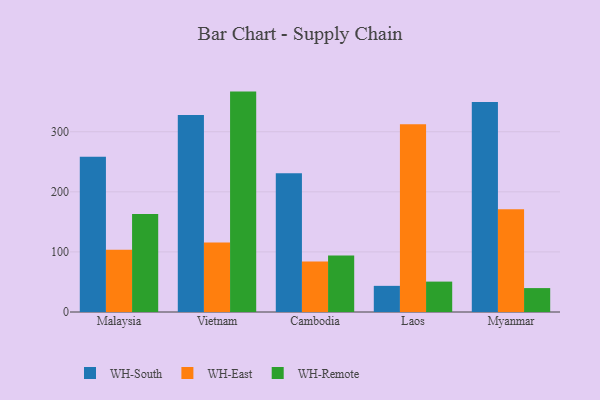
{"axis": {"x": "Country", "y": "Latency (ms)"}, "legend": ["WH-East", "WH-Remote", "WH-South"], "data": [{"x": "Malaysia", "y": 258.4, "type": "WH-South"}, {"x": "Malaysia", "y": 103.8, "type": "WH-East"}, {"x": "Malaysia", "y": 163.1, "type": "WH-Remote"}, {"x": "Vietnam", "y": 327.8, "type": "WH-South"}, {"x": "Vietnam", "y": 115.7, "type": "WH-East"}, {"x": "Vietnam", "y": 366.8, "type": "WH-Remote"}, {"x": "Cambodia", "y": 230.9, "type": "WH-South"}, {"x": "Cambodia", "y": 84.2, "type": "WH-East"}, {"x": "Cambodia", "y": 94.1, "type": "WH-Remote"}, {"x": "Laos", "y": 43.5, "type": "WH-South"}, {"x": "Laos", "y": 312.5, "type": "WH-East"}, {"x": "Laos", "y": 50.6, "type": "WH-Remote"}, {"x": "Myanmar", "y": 349.5, "type": "WH-South"}, {"x": "Myanmar", "y": 171.1, "type": "WH-East"}, {"x": "Myanmar", "y": 39.8, "type": "WH-Remote"}]}